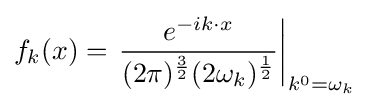
f_{k}(x)=\left.{\frac {e^{-ik\cdot x}}{(2\pi )^{\frac {3}{2}}(2\omega _{k})^{\frac {1}{2}}}}\right|_{k^{0}=\omega _{k}}